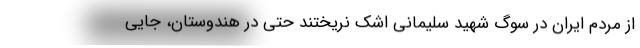
از مردم ایران در سوگ شهید سلیمانی اشک نریختند حتی در هندوستان، جایی